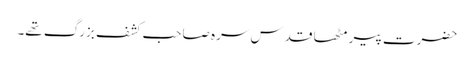
حضرت پیر مٹھا قدس سرہ صاحب کشف بزرگ تھے۔